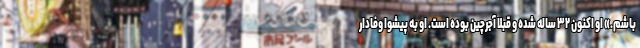
باشم.» او اکنون ۳۲ ساله شده و قبلا آجرچین بوده است. او به پیشوا وفادار